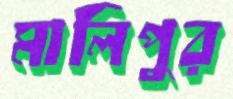
মালিপুর